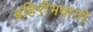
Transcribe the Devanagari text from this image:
बहिरीभवानी